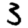
Digit: 3